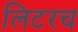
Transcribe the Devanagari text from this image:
लिटरच